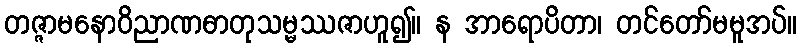
တဇ္ဇာမနောဝိညာဏဓာတုသမ္မဿဇာဟူ၍။ န အာရောပိတာ၊ တင်တော်မမူအပ်။